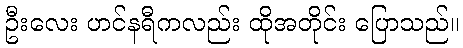
ဦးလေး ဟင်နရီကလည်း ထိုအတိုင်း ပြောသည်။